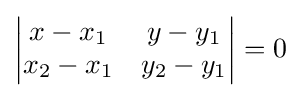
{\begin{vmatrix}x-x_{1}&y-y_{1}\\x_{2}-x_{1}&y_{2}-y_{1}\end{vmatrix}}=0